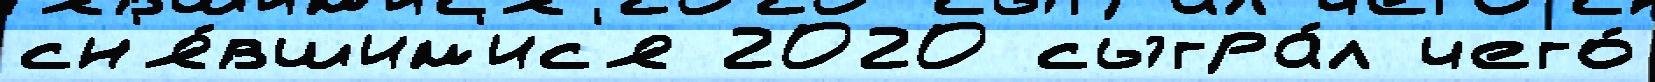
сн'я́вшим'ис'я 2020 сыгра́л чего́